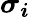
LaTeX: \boldsymbol{\sigma_{i}}